Report on vaccination in Madras 1904-1921 - 1904-1921
Year: 1904
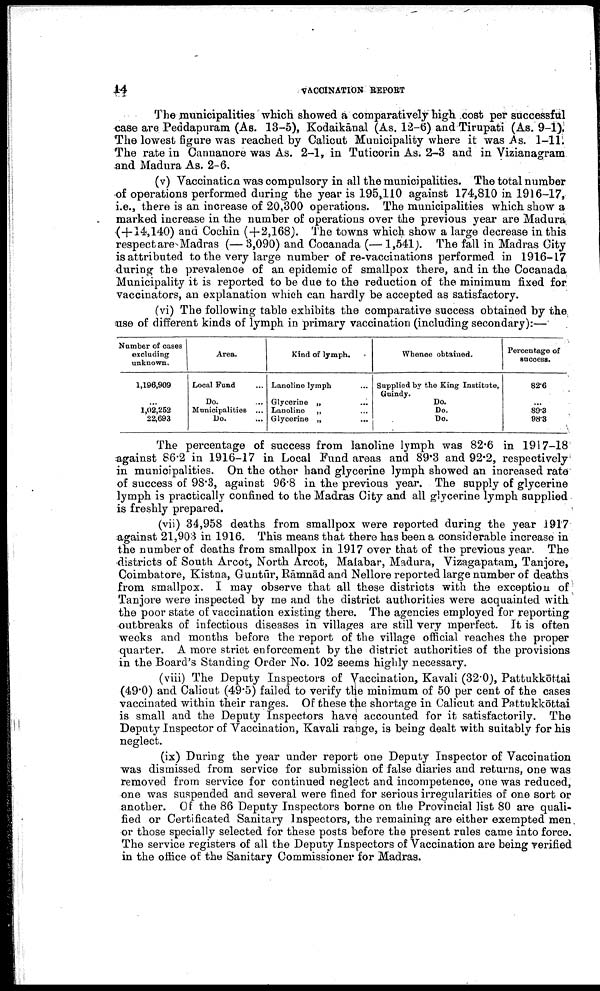
14
VACCINATION REPORT
The municipalities which showed a comparatively high, cost per successful
case are Peddapuram (As. 13-5), Kodaikānal (As. 12-6) and Tirupati (As. 9-1).
The lowest figure was reached by Calicut Municipality where it was As. 1-11.
The rate in Cannanore was As. 2-1, in Tuticorin As. 2-3 and in Vizianagram
and Madura As. 2-6.
(v) Vaccination was compulsory in all the municipalities. The total number
of operations performed during the year is 195,110 against 174,810 in 1916-17,
i.e., there is an increase of 20,300 operations. The municipalities which show a
marked increase in the number of operations over the previous year are Madura,
(+14,140) and Cochin (+2,168). The towns which show a large decrease in this
respect are Madras (— 3,090) and Cocanada (— 1,541). The fall in Madras City
is attributed to the very large number of re-vaccinations performed in 1916-17
during the prevalence of an epidemic of smallpox there, and in the Cocanada
Municipality it is reported to be due to the reduction of the minimum fixed for
vaccinators, an explanation which can hardly be accepted as satisfactory.
(vi) The following table exhibits the comparative success obtained by the.
use of different kinds of lymph in primary vaccination (including secondary):—
Number of cases
excluding
unknown.
1,196,909
...
1,02,252
22,693
Area.
Local Fund ...
Do. ...
Municipalities ...
Do. ...
Kind of lymph.
Lanoline lymph ...
Glycerine „
...
Lanoline
„ ...
Glycerine „ ...
Whence obtained.
Supplied by the King Institute,
Guindy.
Do.
Do.
Do.
Percentage of
success.
82.6
...
89.3
98.3
The percentage of success from lanoline lymph was 82.6 in 1917-18
against 86.2 in 1916-17 in Local Fund areas and 89.3 and 92.2, respectively
in municipalities. On the other hand glycerine lymph showed an increased rate
of success of 98.3, against 96.8 in the previous year. The supply of glycerine
lymph is practically confined to the Madras City and all glycerine lymph supplied
is freshly prepared.
(vii) 34,958 deaths from smallpox were reported during the year 1917
against 21,903 in 1916. This means that there has been a considerable increase in
the number of deaths from smallpox in 1917 over that of the previous year. The
districts of South Arcot, North Arcot, Malabar, Madura, Vizagapatam, Tanjbre,
Coimbatore, Kistna, Guntūr, Rāmnād and Nellore reported large number of deaths
from smallpox. I may observe that all these districts with the exception of;
Tanjore were inspected by me and the district authorities were acquainted with
the poor state of vaccination existing there. The agencies employed for reporting
outbreaks of infectious diseases in villages are still very mperfect. It is often
weeks and months before the report of the village official reaches the proper
quarter. A more strict enforcement by the district authorities of the provisions
in the Board's Standing Order No. 102 seems highly necessary.
(viii) The Deputy Inspectors of Vaccination, Kavali (32.0), Pattukkōttai
(49.0) and Calicut (49.5) failed to verify the minimum of 50 per cent of the cases
vaccinated within their ranges. Of these the shortage in Calicut and Pattukkōttai
is small and the Deputy Inspectors have accounted for it satisfactorily. The
Deputy Inspector of Vaccination, Kavali range, is being dealt with suitably for his
neglect.
(ix) During the year under report one Deputy Inspector of Vaccination
was dismissed from service for submission of false diaries and returns, one was
removed from service for continued neglect and incompetence, one was reduced,
one was suspended and several were fined for serious irregularities of one sort or
another. Of the 86 Deputy Inspectors borne on the Provincial list 80 are quali
fied or Certificated Sanitary Inspectors, the remaining are either exempted men
or those specially selected for these posts before the present rules came into force.
The service registers of all the Deputy Inspectors of Vaccination are being verified
in the office of the Sanitary Commissioner for Madras.